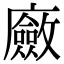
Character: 𢋻